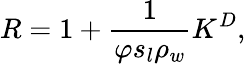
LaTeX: R=1+\frac{1}{\varphi s_{l}\rho_{w}}K^{D},